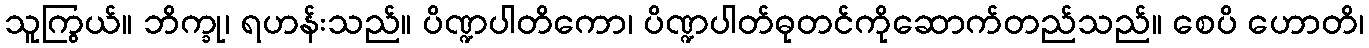
သူကြွယ်။ ဘိက္ခု၊ ရဟန်းသည်။ ပိဏ္ဍပါတိကော၊ ပိဏ္ဍပါတ်ဓုတင်ကိုဆောက်တည်သည်။ စေပိ ဟောတိ၊